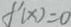
f ^ { \prime } ( x ) = 0